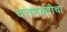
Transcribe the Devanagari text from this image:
दत्तभक्तीचा